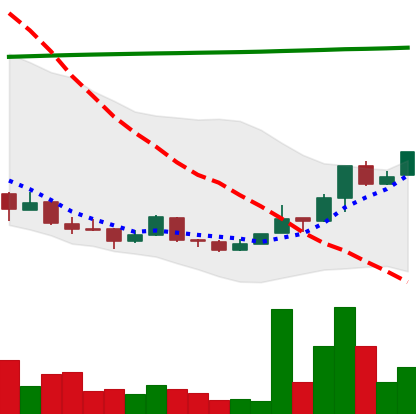
Ticker: NEO-USD
Chart end date: 2018-04-15
Forward return: 12.367%
Label: up_7plus